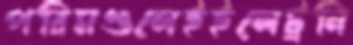
পরিমণ্ডলেইইলেট্রনি